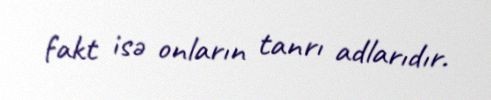
fakt isə onların tanrı adlarıdır.